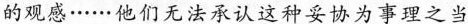
的观感……他们无法承认这种妥协为事理之当